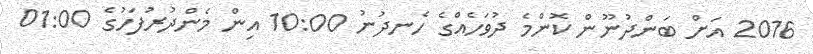
2016 އަށް ބަންދުނޫން ކޮންމެ ދުވަހެއްގެ ހެނދުނު 10:00 އިން މެންދުރުފަހުގެ 01:00